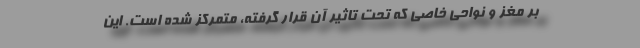
بر مغز و نواحی خاصی که تحت تاثیر آن قرار گرفته، متمرکز شده است. این